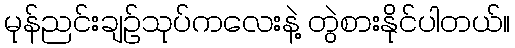
မုန်ညင်းချဉ်သုပ်ကလေးနဲ့ တွဲစားနိုင်ပါတယ်။